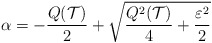
\begin{align*} \alpha = -\frac{Q({\cal T})}{2} + \sqrt{\frac{Q^2({\cal T})}{4} + \frac{\varepsilon^2}{2}}\end{align*}